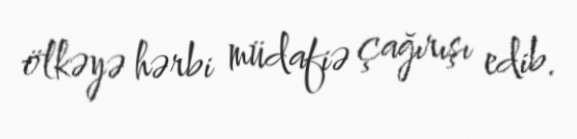
ölkəyə hərbi müdafiə çağırışı edib.